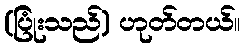
(ပြုံးသည်) ဟုတ်တယ်။